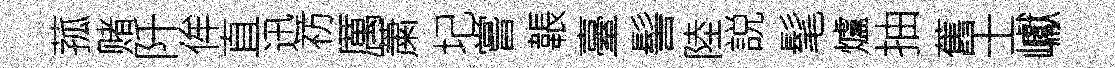
菰赌阡侔直迅祊厲䔥圮嘗韔臺髻陸説髦爐抽舊士巘